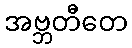
အဗ္ဘတီတေ